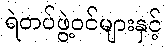
ရဲတပ်ဖွဲ့ဝင်များနှင့်